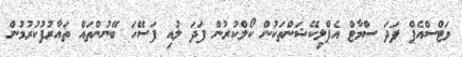
ވަޓްސްއެޕް ފަދަ ސްމާޓް އެޕްލިކޭޝަންތަކުން ކޯލްކުރުން ފަދަ ލުއި ފަސޭހަ ބޭނުންތައް ތައާރުފުކުރުމުން